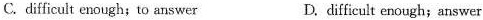
C.difficult enough; to answer D. difficult enough; answer